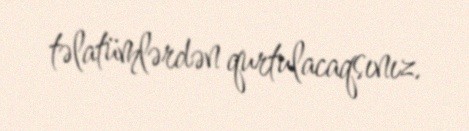
təlatümlərdən qurtulacaqsınız.